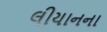
લીયાનના